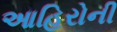
આહિરોની